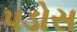
પડોસ